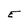
Character: E